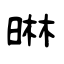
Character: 晽